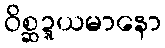
ဝိစ္ဆဍ္ဍယမာနော